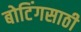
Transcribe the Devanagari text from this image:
बोटिंगसाठी